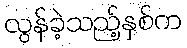
လွန်ခဲ့သည့်နှစ်က